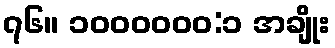
၇၆။ ၁၀၀၀၀၀၀:၁ အချိုး